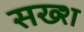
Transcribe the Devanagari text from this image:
सख्श